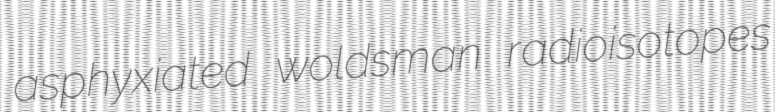
asphyxiated woldsman radioisotopes